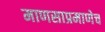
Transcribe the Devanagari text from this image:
माणसाप्रमाणेच